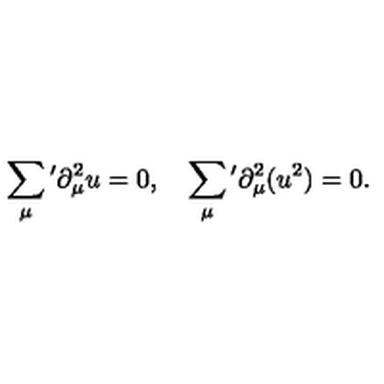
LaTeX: \sum _ { \mu } { } ^ { \prime } \partial _ { \mu } ^ { 2 } u = 0 , \quad \sum _ { \mu } { } ^ { \prime } \partial _ { \mu } ^ { 2 } ( u ^ { 2 } ) = 0 .